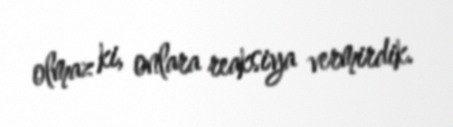
olmaz ki, onlara reaksiya vermirdik.